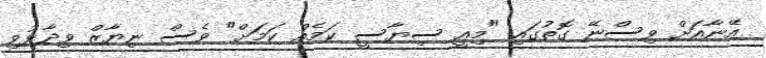
އޭނާއަށް ވިސްނޭ ގޮތުގައި "މިއީ ސިޔާސީ ކަމެއް ކަމަށް" ވެސް ނިޔާޒް ވިދާޅުވި